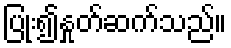
ပြုံး၍နှုတ်ဆက်သည်။